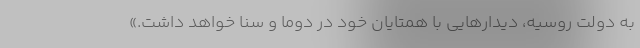
به دولت روسیه، دیدارهایی با همتایان خود در دوما و سنا خواهد داشت.»